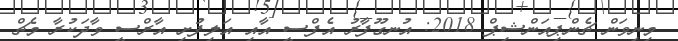
މިނިވަން ޗެންޕިއަންޝިޕް 2018: އުނގޫފާރު އެފްސީ އާއި އަލިފުށި އާރްސީ ވާދަކުރާ މެޗް